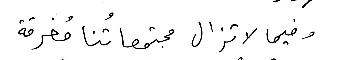
وفيما لا تزال مجتمعاتُنا مُغرقة